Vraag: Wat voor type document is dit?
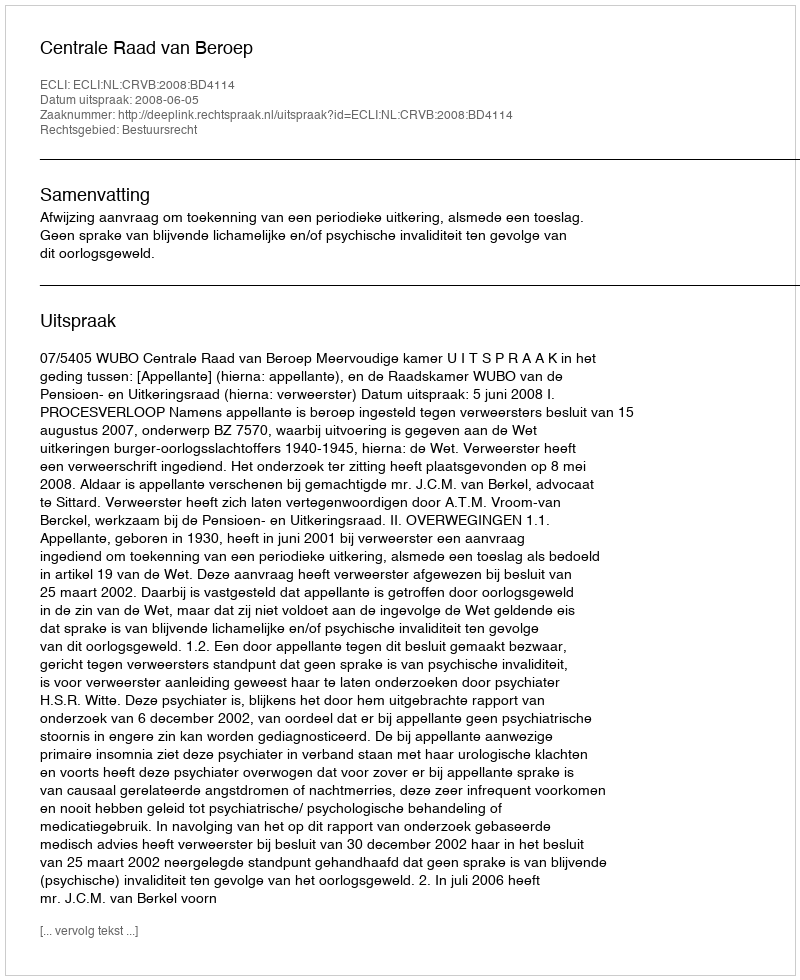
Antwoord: Uitspraak